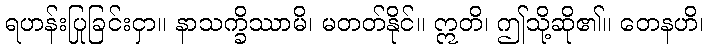
ရဟန်းပြုခြင်းငှာ။ နာသက္ခိဿာမိ၊ မတတ်နိုင်။ ဣတိ၊ ဤသို့ဆို၏။ တေနဟိ၊